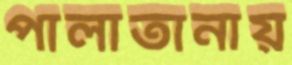
পালাতানায়